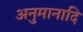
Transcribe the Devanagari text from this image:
अनुमानादि